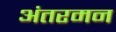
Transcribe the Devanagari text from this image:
अंतरमन